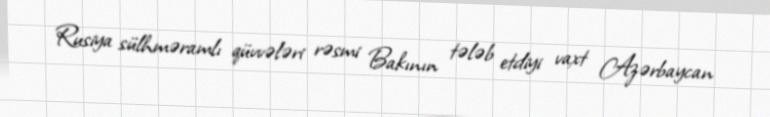
Rusiya sülhməramlı qüvvələri rəsmi Bakının tələb etdiyi vaxt Azərbaycan